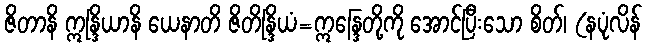
ဇိတာနိ ဣန္ဒြိယာနိ ယေနာတိ ဇိတိန္ဒြိယံ=ဣန္ဒြေတို့ကို အောင်ပြီးသော စိတ်၊ (နပုံလိန်